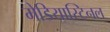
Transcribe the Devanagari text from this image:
मेडियास्टिनल